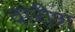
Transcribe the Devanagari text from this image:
वारीश